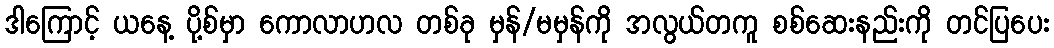
ဒါကြောင့် ယနေ့ ပို့စ်မှာ ကောလာဟလ တစ်ခု မှန်/မမှန်ကို အလွယ်တကူ စစ်ဆေးနည်းကို တင်ပြပေး